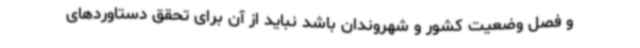
و فصل وضعیت کشور و شهروندان باشد نباید از آن برای تحقق دستاوردهای